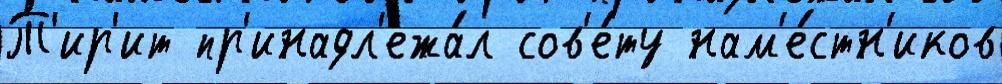
Т'ир'ит пр'инадл'ежа́л сов'е́ту нам'е́стн'иков